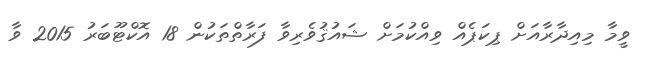
ވީމާ މިއިދާރާއަށް ޕިކަޕެއް ވިއްކުމަށް ޝައުޤުވެރިވާ ފަރާތްތަކުން 18 އޮކްޓޫބަރު 2015 ވާ